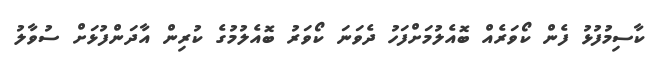
ކާސިމުފުޅު ފެން ކޯވަރެއް ބޮއެލުމަށްފަހު ދެވަނަ ކޯވަރު ބޮއެލުމުގެ ކުރިން އާދަންފުޅަށް ސުވާލު